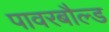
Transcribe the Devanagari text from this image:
पावरबौल्ड